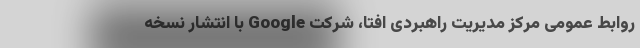
روابط عمومی مرکز مدیریت راهبردی افتا، شرکت Google با انتشار نسخه